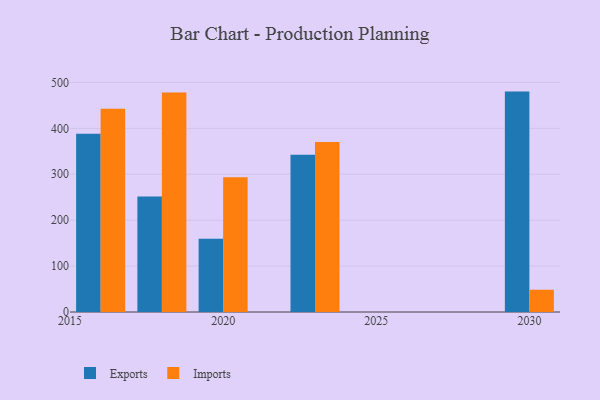
{"axis": {"x": "Year", "y": "Conversion Rate (%)"}, "legend": ["Exports", "Imports"], "data": [{"x": "2023", "y": 342.8, "type": "Exports"}, {"x": "2023", "y": 370.4, "type": "Imports"}, {"x": "2020", "y": 159.5, "type": "Exports"}, {"x": "2020", "y": 293.6, "type": "Imports"}, {"x": "2018", "y": 251.8, "type": "Exports"}, {"x": "2018", "y": 478.2, "type": "Imports"}, {"x": "2030", "y": 480.1, "type": "Exports"}, {"x": "2030", "y": 48.5, "type": "Imports"}, {"x": "2016", "y": 388.3, "type": "Exports"}, {"x": "2016", "y": 442.7, "type": "Imports"}]}